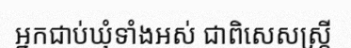
អ្នកជាប់ឃុំទាំងអស់ ជាពិសេសស្ត្រី